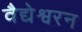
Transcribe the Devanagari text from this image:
वैद्येश्वरन